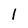
Character: 1